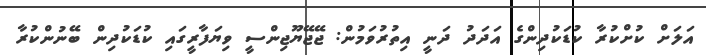
އަލަށް ކުށްކުރާ ކުޑަކުދިންގެ އަދަދު ދަނީ އިތުރުވަމުން: ޖޭޖޭޔޫޖިންސީ ވިޔަފާރީގައި ކުޑަކުދިން ބޭނުންކުރާ